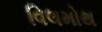
વિલમોથ